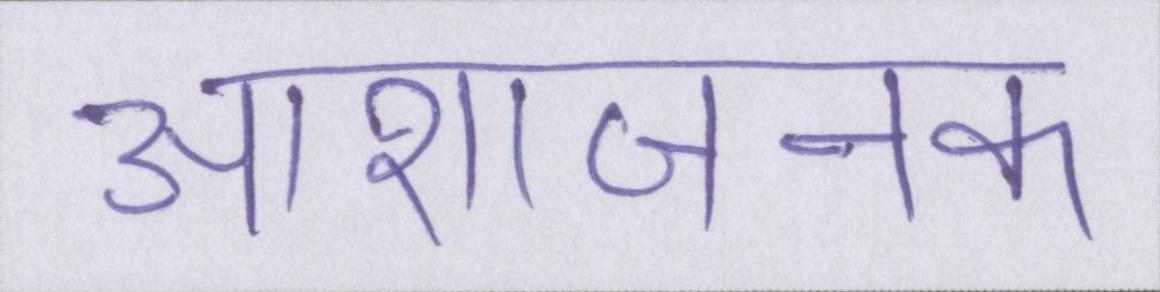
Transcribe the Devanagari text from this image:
आशाजनक